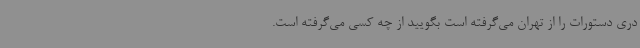
دری دستورات را از تهران می‌گرفته است بگویید از چه کسی می‌گرفته است.